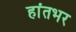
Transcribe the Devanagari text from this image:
हांतभर